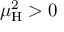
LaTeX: \mu _ { \mathrm { H } } ^ { 2 } > 0